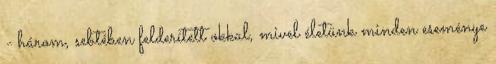
- három, sebtében felderített okkal, mivel életünk minden eseménye